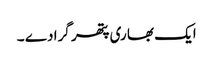
ایک بھا ری پتھر گرا دے ۔